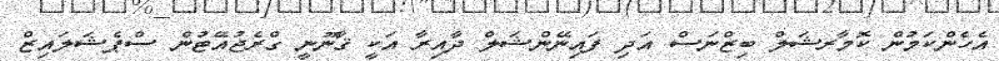
އެހެންކަމުން ކޮމާރޝަލް ބިޒްނަސް އަދި ފައިނޭންޝަލް ދާއިރާ އަކީ ޤާނޫނީ ގްރެޖުއޭޓުން ސްޕެޝަލައިޒް